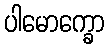
ပါမောက္ခော